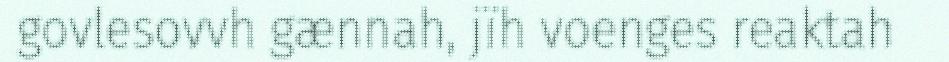
govlesovvh gænnah, jïh voenges reaktah